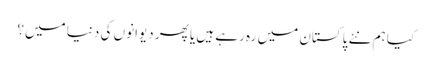
کیا ہم نئے پاکستان میں رہ رہے ہیں یا پھر دیوانوں کی دنیا میں؟